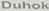
Duhok